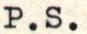
P.S.